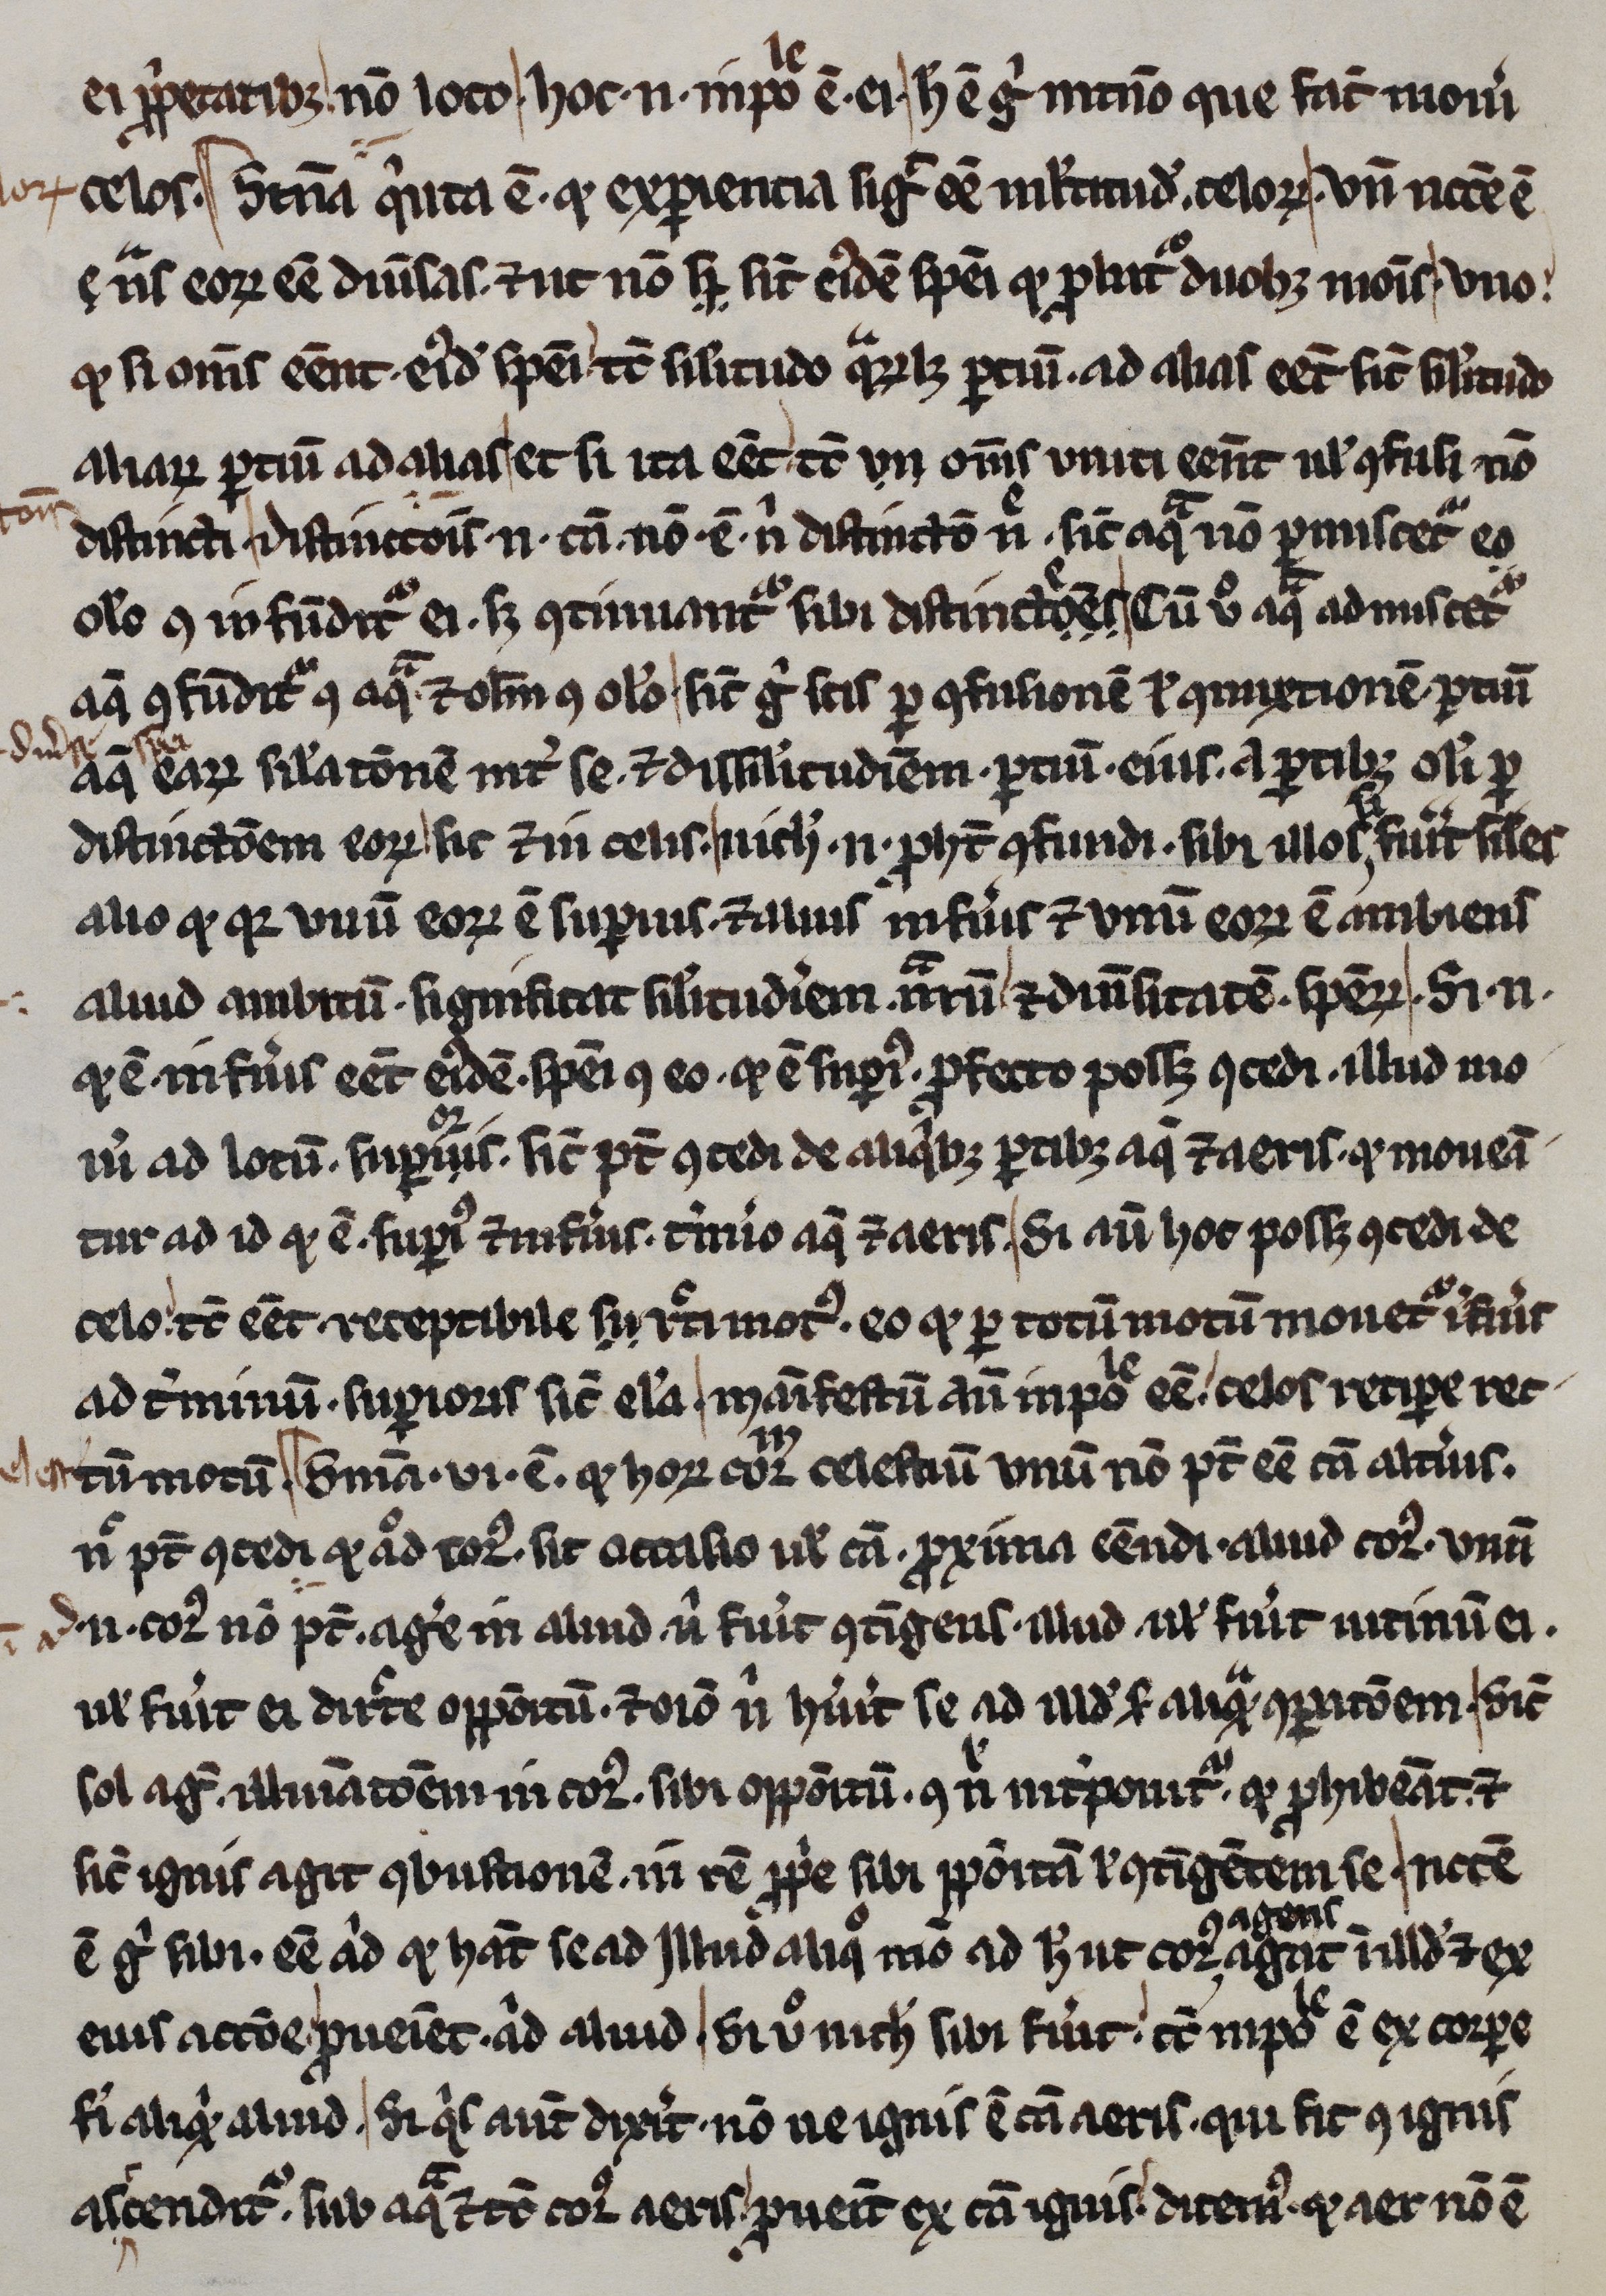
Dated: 1245–1255